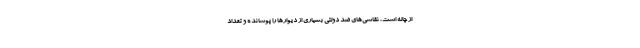
از چاله است، نقاشی‌های ضد دولتی بسیاری از دیوارها را پوشانده و تعداد